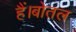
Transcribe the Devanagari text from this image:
हैं।बोतल